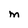
Character: M